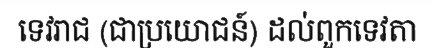
ទេវរាជ (ជាប្រយោជន៍) ដល់ពួកទេវតា